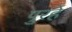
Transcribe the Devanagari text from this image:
पुरहे